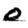
Digit: 0